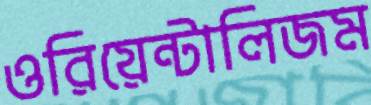
ওরিয়েন্টালিজম